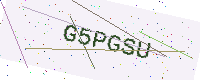
Text: G5PGSU